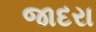
જાદરા